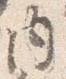
内